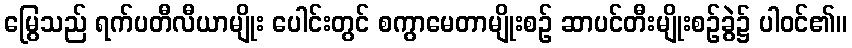
မြွေသည် ရက်ပတီလီယာမျိုး ပေါင်းတွင် စကွာမေတာမျိုးစဉ် ဆာပင်တီးမျိုးစဉ်ခွဲ၌ ပါဝင်၏။